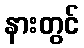
နားတွင်